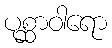
ပုစ္ဆာဝါရော